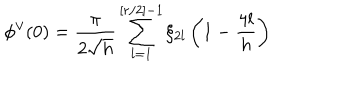
\phi ^ { \vee } ( 0 ) = \frac { \pi } { 2 \sqrt { h } } \sum _ { l = 1 } ^ { [ r / 2 ] - 1 } \xi _ { 2 l } \left( 1 - \frac { 4 l } { h } \right)